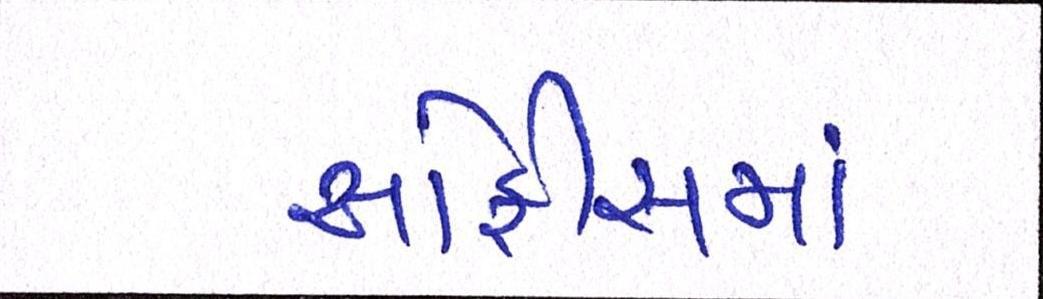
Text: ઓફીસમાં